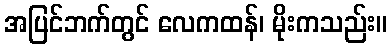
အပြင်ဘက်တွင် လေကထန်၊ မိုးကသည်း။